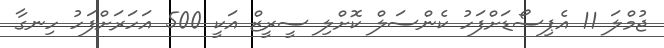
ޖުމްލަ 11 އެޕިސޯޑަށްފަހު ކެންސަލް ކޮށްލި ސީރީޒް އަކީ 500 އަހަރަށްފަހު ހިނގާ